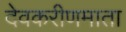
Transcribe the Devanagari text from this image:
देवकरीणमाता